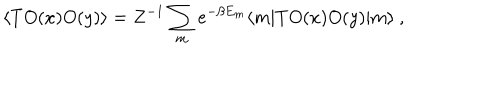
\langle T O ( x ) O ( y ) \rangle = Z ^ { - 1 } \sum _ { m } e ^ { - \beta E _ { m } } \langle m | T O ( x ) O ( y ) | m \rangle ~ ,